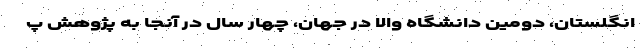
انگلستان، دومین دانشگاه والا در جهان، چهار سال در آنجا به پژوهش پ